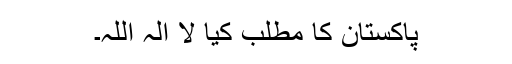
پاکستان کا مطلب کیا لا الہ اللہ۔